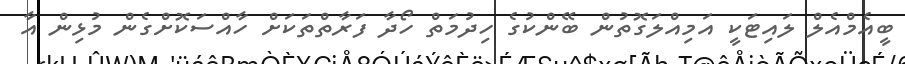
ބީއެމްއެލް ލައިޓަކީ އަމިއްލަގޮތުން ބޭންކުގެ ހިދުމަތް ހޯދާ ފަރާތްތަކަށް ހާއްސަކޮށްގެން މުޅިން އާ